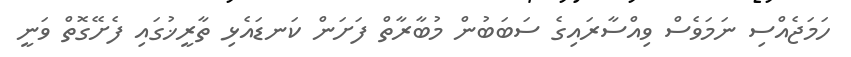
ހަމަޖެއްސި ނަމަވެސް ވިއްސާރައިގެ ސަބަބުން މުބާރާތް ފަށަން ކަނޑައެޅި ތާރީޚުގައި ފެށޭގޮތް ވަނީ